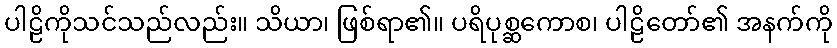
ပါဠိကိုသင်သည်လည်း။ သိယာ၊ ဖြစ်ရာ၏။ ပရိပုစ္ဆကောစ၊ ပါဠိတော်၏ အနက်ကို